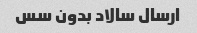
ارسال سالاد بدون سس